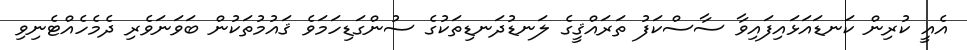
އެއީ ކުރިން ކަނޑައަޅައިފައިވާ ސާސްކަފު ތަރައްޤީގެ ލަނޑުދަނޑިތަކުގެ ސުންގަޑިހަމަވެ ޤައުމުތަކުން ބަވަނަވެރި ދެމެހެއްޓެނިވި